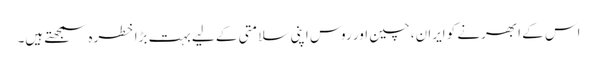
اس کے ابھرنے کو ایران، چین اور روس اپنی سلامتی کے لیے بہت بڑا خطرہ سمجھتے ہیں۔